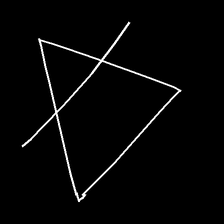
Glyph: empower